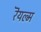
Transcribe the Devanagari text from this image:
रॆयल्म